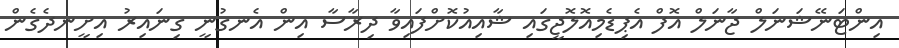
އިންޓަނޭޝަނަލް ޖާނަލް އޮފް އެޕިޑެމިއޮލޮޖީގައި ޝާއިއުކޮށްފައިވާ ދިރާސާ އިން އެނގުނީ ގިނައިރު އިށީނދެގެން